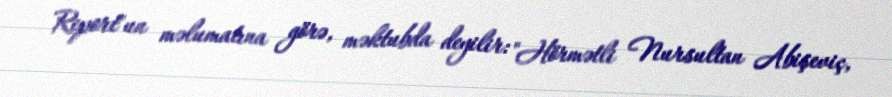
Report"un məlumatına görə, məktubda deyilir: "Hörmətli Nursultan Abişeviç,